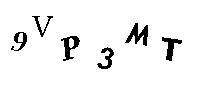
9VP3MT